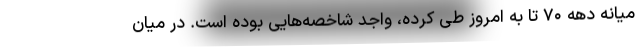
میانه دهه ۷۰ تا به امروز طی کرده، واجد شاخصه‌هایی بوده است. در میان